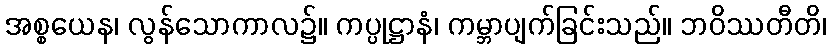
အစ္စယေန၊ လွန်သောကာလ၌။ ကပ္ပုဋ္ဌာနံ၊ ကမ္ဘာပျက်ခြင်းသည်။ ဘဝိဿတီတိ၊